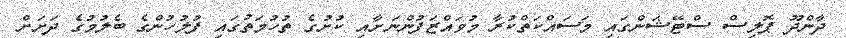
ދާންދޫ ޕޮލިސް ސްޓޭޝަންގައި މަސައްކަތްކުރާ މުވައްޒަފުންނަށާއި ކުށުގެ ތުހުމަތުގައި ފުލުހުުންގެ ބެލުމުގެ ދަށަށް